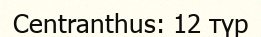
Centranthus: 12 түр